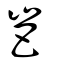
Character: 岜